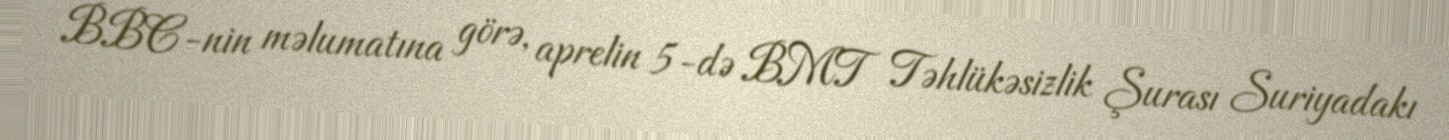
BBC-nin məlumatına görə, aprelin 5-də BMT Təhlükəsizlik Şurası Suriyadakı